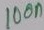
Text: 100n